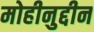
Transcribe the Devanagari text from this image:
मोहीनुद्दीन